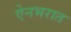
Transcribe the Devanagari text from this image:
ऐनभरात